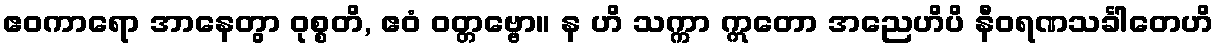
ဧဝကာရော အာနေတွာ ဝုစ္စတိ, ဧဝံ ဝတ္တဗ္ဗော။ န ဟိ သက္ကာ ဣတော အညေဟိပိ နီဝရဏသင်္ခါတေဟိ